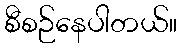
စီစဉ်နေပါတယ်။